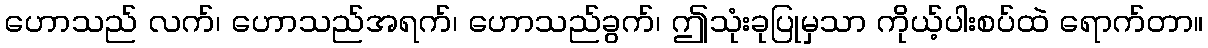
ဟောသည် လက်၊ ဟောသည်အရက်၊ ဟောသည်ခွက်၊ ဤသုံးခုပြုမှသာ ကိုယ့်ပါးစပ်ထဲ ရောက်တာ။